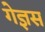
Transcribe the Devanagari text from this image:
गेज्ञस